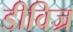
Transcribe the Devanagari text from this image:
डीविज्र